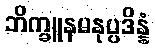
ဘိက္ခူနမနုပ္ပဒိန္နံ